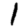
Digit: 1